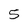
Character: 5